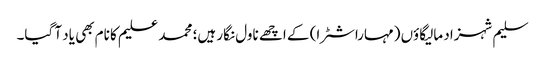
سلیم شہزاد مالیگاؤں (مہاراشٹرا) کے اچھے ناول نگار ہیں؛ محمد علیم کا نام بھی یاد آ گیا۔